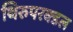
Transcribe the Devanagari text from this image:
थिरुपरक्डल